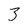
Character: 3